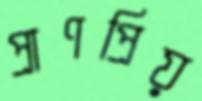
প্রাণপ্রিয়